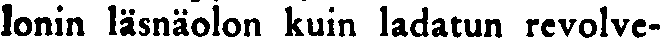
lonin läsnäolon kuin ladatun revolve-